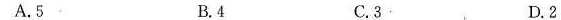
A.5 B.4 C.3. D.2